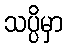
သပ္ပိမှာ